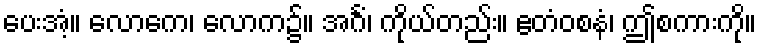
ပေးအံ့။ လောကေ၊ လောက၌။ အင်္ဂံ၊ ကိုယ်တည်း။ ဧတံဝစနံ၊ ဤစကားကို။